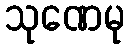
သုဏေမု